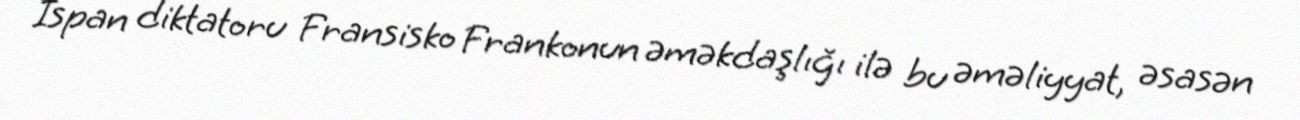
İspan diktatoru Fransisko Frankonun əməkdaşlığı ilə bu əməliyyat, əsasən